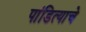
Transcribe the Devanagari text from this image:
पांडित्याचे